Vital statistics of India. Vol. IV, Annual returns from 1871 to 1876. British Army of India, Native Army and jails of Bengal
Year: 1871
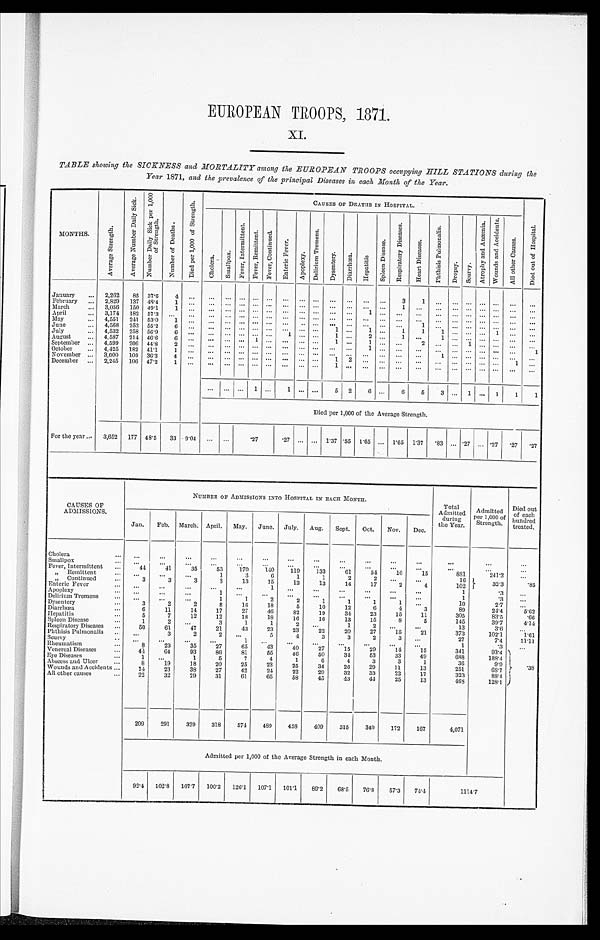
EUROPEAN TROOPS, 1871.
XI.
TABLE showing the SICKNESS and MORTALITY among the EUROPEAN TROOPS occupying HILL STATIONS during the
Year 1871, and the prevalence of the principal Diseases in each Month of the Year.
M O N T H S .
A v e r a g e S t r e n g t h .
A v e r a g e N u m b e r D a i l y S i c k .
N u m b e r D a i l y S i c k p e r 1 , 0 0 0 o f S t r e n g t h .
N u m b e r o f D e a t h s .
D i e d p e r 1 , 0 0 0 o f S t r e n g t h .
CAUSES OF DEATHS IN HOSPITAL.
D i e d o u t o f H o s p i t a l .
C h o l e r a .
S m a l l p o x .
F e v e r , I n t e r m i t t e n t .
F e v e r , R e m i t t e n t .
F e v e r , C o n t i n u e d .
E n t e r i c F e v e r .
A p o p l e x y .
D e l i r i u m T r e m e n s .
D y s e n t e r y .
D i a r r h œ a .
H e p a t i t i s
S p l e e n D i s e a s e .
R e s p i r a t o r y D i s e a s e s .
H e a r t D i s e a s e s .
P h t h i s i s P u l m o n a l i s .
D r o p s y .
S c u r v y .
A t r o p h y a n d A n æ m i a .
W o u n d s a n d A c c i d e n t s .
A l l o t h e r C a u s e s .
January
... 2,262
85 37.6
4
. . .
...
. . . ... ... ... ...
. . .
. . . ...
... ... ...
3
1
. . .
. . .
. . . ...
. . .
. . .
...
February
2,829 137 48.4
1
. . .
. . .
. . .
. . .
. . .
. . . ...
. . . . . . ...
. . . ...
. . .
1
. . . ...
. . .
. . .
...
. . .
. . .
. . .
March.
... 3,056 150 49.1
1
. . .
. . .
. . .
. . .
. . .
. . . ...
. . . . . . ...
. . .
1
. . .
. . .
. . . ...
. . .
. . .
...
. . .
. . .
...
April
... 3,174 182 57.3
. . .
. . .
... ... ...
. . .
. . . ...
. . . . . . ...
. . .
...
. . .
. . .
. . . ...
. . .
. . .
...
. . .
. . .
...
May
... 4,551 241 53.0
1
. . .
. . .
. . .
. . . ... ... ...
... ... ... ...
. . . ... ...
1
...
. . .
. . .
...
. . .
. . .
...
June
... 4,568 252 55.2
6
. . .
. . .
. . .
. . .
. . .
. . . ...
. . . . . .
1
. . .
1 ...
1
1
1
. . .
. . .
...
1
. . .
...
July
... 4,532 258 56.9
6
. . .
. . .
. . .
. . .
. . .
. . .
1 ...
. . .
1 ... 2
. . .
1
. . .
1
. . .
. . .
...
. . .
. . . ...
August
... 4,587 214 46.6
6 ...
... ... ... 1
. . .
...
. . . . . .
1 ... 1
. . .
. . .
2 ...
. . .
1 ...
. . .
. . .
...
September ... 4,599 206 44.8
2 ...
... ... ... ... ... ... ...
. . . ...
1
. . .
. . .
. . .
. . .
. . . ... ...
. . .
. . .
1
October
... 4,425 182 41.1
1
...
... ... ... ... ... ...
. . . . . . ...
. . .
...
. . .
. . .
. . . ...
1
. . .
...
. . . ...
...
November ... 3,000 109 36.3
4
. . .
. . .
. . . ... ... ... ... ... ...
1 2 ...
. . .
. . .
. . . ...
. . .
. . .
...
. . .
1 ...
December ... 2,245 106 47.2
1
. . .
. . .
. . .
. . .
. . .
. . . ...
. . . . . .
1
. . .
...
. . .
. . .
. . . ...
. . .
... ... ...
. . . ...
. . .
. . . . . .
1
. . . 1
. . . . . .
5 2 6
. . .
6
5
3 ... 1 ... 1
1
1
Died per 1,000 of the Average Strength.
For the year ...
3,652 177 48.5
33 9.04 ...
. . .
.27
. 2 7
. . . ... 1.37 .55 1.65 ... 1.65 1.37
. 8 3 ... .27 ... .27 .27
. 2 7
CAUSES OF
ADMISSIONS.
NUMBER OF ADMISSIONS INTO HOSPITAL IN EACH MONTH.
Total
Admitted
during
the Year.
A d m i t t e d p e r 1 , 0 0 0 o f
Strength.
Died out
of each
hundred
treated.
Jan.
Feb. March. April. May. June. July. Aug.
Sept.
Oct.
Nov.
Dec.
Cholera
...
...
. . .
...
...
...
...
...
...
...
...
...
...
...
. . .
...
Smallpox
...
...
...
...
...
...
...
...
...
...
...
...
...
. . .
Fever, Intermittent
...
44
41
35
53
170
140
119
133
61
54
16
15
881
241.2
. . .
„ Remittent
...
. . .
...
...
1
3
6
1
1
2
2
. . . ...
16
32.3
85
„ Continued
...
3
3
3
3
13
15
12
13
14
17
2
4
102
Enteric Fever
...
...
...
...
. . .
. . .
1
. . .
. . .
. . .
...
. . . ...
1
.3
. . .
Apoplexy
...
...
...
1
...
...
...
. . .
. . .
...
...
. . .
1
.3
. . .
Delirium Tremens
. . .
...
...
1
1
2
2
1
1
1
1
. . .
10
2.7
...
Dysentery
3
2
2
8
16
18
5
10
12
6
4
3
89
24.4
5.62
Diarrhœa
...
6
11
14
17
27
46
82
19
34
23
15
11
305
83.5
.66
Hepatitis
...
5
7
12
12
18
18
16
16
13
15
8
5
145
39.7
4.14
Spleen Disease
...
1
2
. . .
3
1
1
2
...
1
2
. . .
. . .
13
3.6
. . .
Respiratory Diseases
...
50
61
47
21
43
23
23
22
20
27
15
21
373
102.1
1.61
Phthisis Pulmonalis ... ...
3
2
2
. . .
5
4
3
3
2
3
. . .
27
7.4
11.11
Scurvy
...
...
...
...
...
1
. . . . . .
. . .
. . .
...
...
...
1
.3
...
Rheumatism
...
8
23
35
27
65
43
40
27
15
29
14
15
341
93.4
.3 8
Venereal Diseases
44
64
93
86
81
55
46
50
34
53
33
49
688
188.4
Eye Diseases
...
1
...
1
5
7
4
1
6
4
3
3
1
36
9.9
Abscess and Ulcer
...
8
19
18
20
25
23
25
34
26
29
11
13
251
68.7
Wounds and Accidents ...
14
23
38
27
42
24
22
29
32
33
22
17
323
88.4
All other causes
22
32
29
31
61
65
58
45
43
44
25
13
468
128.1
209
291
329
318
574
489
458
409
315
340
172
167
4,071
Admitted per 1,000 of the Average Strength in each Month.
92.4
102.8
107.7
100.2
126.1
107.1
101.1
89.2
68.5
76.8
57.3
74.4
1114.7